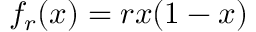
f _ { r } ( x ) = r x ( 1 - x )